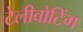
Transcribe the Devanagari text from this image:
टेलीवोटिंग